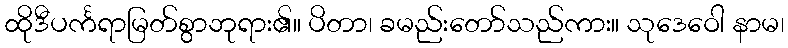
ထိုဒီပင်္ကရာမြတ်စွာဘုရား၏။ ပိတာ၊ ခမည်းတော်သည်ကား။ သုဒေဝေါ နာမ၊